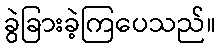
ခွဲခြားခဲ့ကြပေသည်။